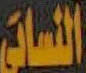
النسات